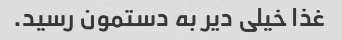
غذا خیلی دیر به دستمون رسید.